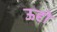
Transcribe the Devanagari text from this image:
ऊहों